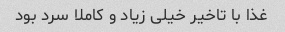
غذا با تاخیر خیلی زیاد و کاملا سرد بود